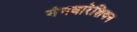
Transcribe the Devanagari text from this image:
गंगवारेशियन